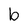
Character: b